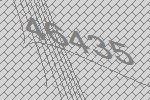
46435